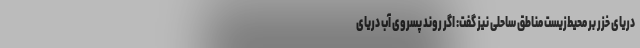
دریای خزر بر محیط‌زیست مناطق ساحلی نیز گفت: اگر روند پسروی آب دریای